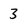
Character: 3